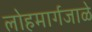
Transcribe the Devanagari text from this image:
लोहमार्गजाळे